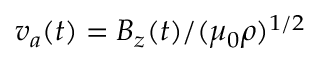
v _ { a } ( t ) = B _ { z } ( t ) / ( \mu _ { 0 } \rho ) ^ { 1 / 2 }